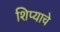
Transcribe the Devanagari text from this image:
शिप्याचे